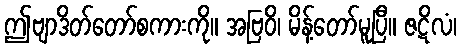
ဤဗျာဒိတ်တော်စကားကို။ အဗြဝိ၊ မိန့်တော်မူပြီ။ ဇဋိလံ၊